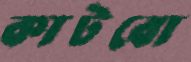
কাটবো